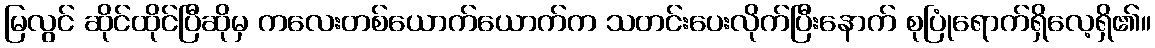
မြလွင် ဆိုင်ထိုင်ပြီဆိုမှ ကလေးတစ်ယောက်ယောက်က သတင်းပေးလိုက်ပြီးနောက် စုပြုံရောက်ရှိလေ့ရှိ၏။